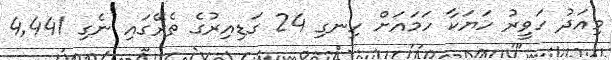
މިއަދު ހަވީރު ހަޔަކާ ހަމައަށް ހިނގި 24 ގަޑިއިރުގެ ތެރޭގައި ނެގި 4